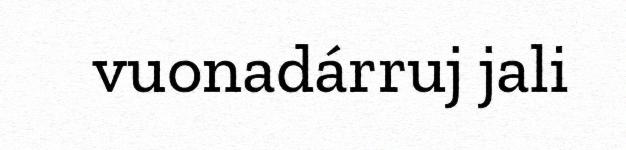
vuonadárruj jali